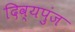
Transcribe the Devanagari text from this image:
दिव्यपुंज